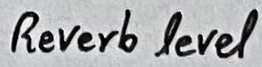
Text: Reverb level